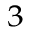
^ 3